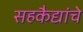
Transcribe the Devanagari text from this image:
सहकैद्यांचे